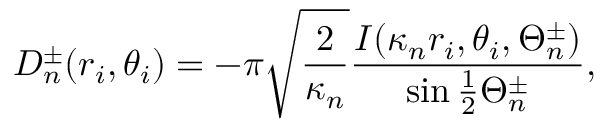
D _ { n } ^ { \pm } ( r _ { i } , \theta _ { i } ) = - \pi \sqrt { \frac { 2 } { \kappa _ { n } } } \frac { I ( \kappa _ { n } r _ { i } , \theta _ { i } , \Theta _ { n } ^ { \pm } ) } { \sin \frac { 1 } { 2 } \Theta _ { n } ^ { \pm } } ,